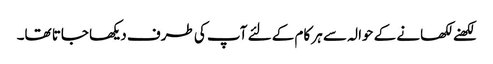
لکھنے لکھانے کے حوالہ سے ہر کام کے لئے آپ کی طرف دیکھا جاتا تھا۔